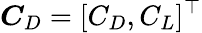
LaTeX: \boldsymbol{C}_{D}=[C_{D},C_{L}]^{\top}